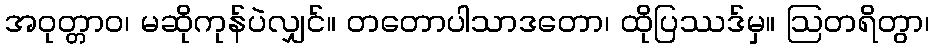
အဝုတ္တာဝ၊ မဆိုကုန်ပဲလျှင်။ တတောပါသာဒတော၊ ထိုပြဿဒ်မှ။ ဩတရိတွာ၊